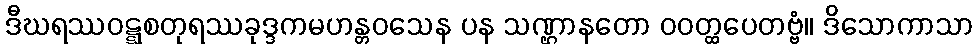
ဒီဃရဿဝဋ္ဋစတုရဿခုဒ္ဒကမဟန္တဝသေန ပန သဏ္ဌာနတော ဝဝတ္ထပေတဗ္ဗံ။ ဒိသောကာသာ